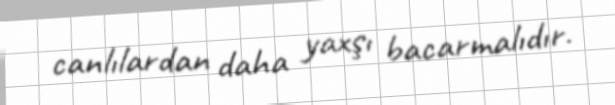
canlılardan daha yaxşı bacarmalıdır.